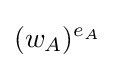
(w_{A})^{e_{A}}